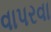
વાપરવા